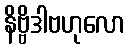
နိဗ္ဗိဒါဗဟုလော